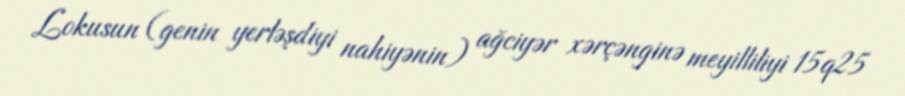
Lokusun (genin yerləşdiyi nahiyənin) ağciyər xərçənginə meyilliliyi 15q25